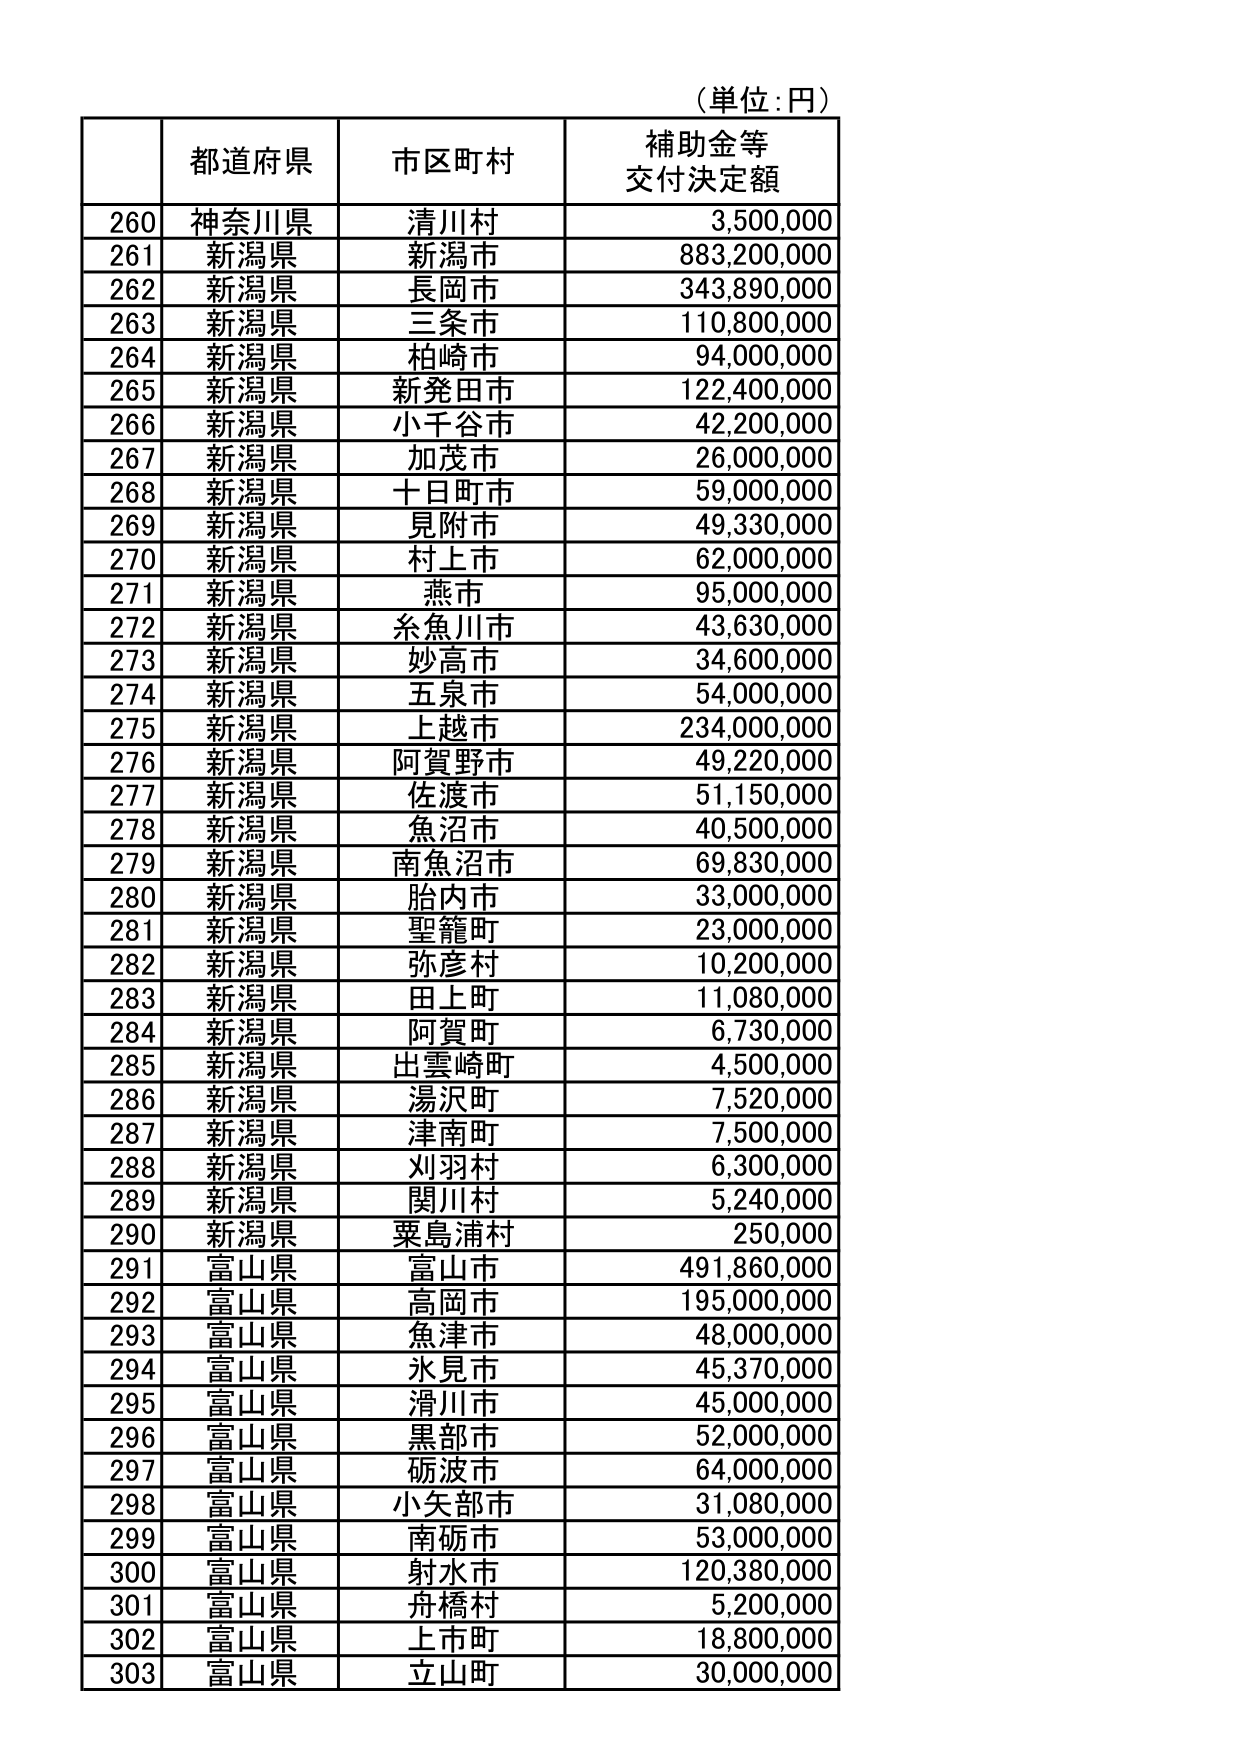
（単位：円）

| | 都道府県 | 市区町村 | 補助金等交付決定額 |
|---|---|---|---|
| 260 | 神奈川県 | 清川村 | 3,500,000 |
| 261 | 新潟県 | 新潟市 | 883,200,000 |
| 262 | 新潟県 | 長岡市 | 343,890,000 |
| 263 | 新潟県 | 三条市 | 110,800,000 |
| 264 | 新潟県 | 柏崎市 | 94,000,000 |
| 265 | 新潟県 | 新発田市 | 122,400,000 |
| 266 | 新潟県 | 小千谷市 | 42,200,000 |
| 267 | 新潟県 | 加茂市 | 26,000,000 |
| 268 | 新潟県 | 十日町市 | 59,000,000 |
| 269 | 新潟県 | 見附市 | 49,330,000 |
| 270 | 新潟県 | 村上市 | 62,000,000 |
| 271 | 新潟県 | 燕市 | 95,000,000 |
| 272 | 新潟県 | 糸魚川市 | 43,630,000 |
| 273 | 新潟県 | 妙高市 | 34,600,000 |
| 274 | 新潟県 | 五泉市 | 54,000,000 |
| 275 | 新潟県 | 上越市 | 234,000,000 |
| 276 | 新潟県 | 阿賀野市 | 49,220,000 |
| 277 | 新潟県 | 佐渡市 | 51,150,000 |
| 278 | 新潟県 | 魚沼市 | 40,500,000 |
| 279 | 新潟県 | 南魚沼市 | 69,830,000 |
| 280 | 新潟県 | 胎内市 | 33,000,000 |
| 281 | 新潟県 | 聖籠町 | 23,000,000 |
| 282 | 新潟県 | 弥彦村 | 10,200,000 |
| 283 | 新潟県 | 田上町 | 11,080,000 |
| 284 | 新潟県 | 阿賀町 | 6,730,000 |
| 285 | 新潟県 | 出雲崎町 | 4,500,000 |
| 286 | 新潟県 | 湯沢町 | 7,520,000 |
| 287 | 新潟県 | 津南町 | 7,500,000 |
| 288 | 新潟県 | 刈羽村 | 6,300,000 |
| 289 | 新潟県 | 関川村 | 5,240,000 |
| 290 | 新潟県 | 粟島浦村 | 250,000 |
| 291 | 富山県 | 富山市 | 491,860,000 |
| 292 | 富山県 | 高岡市 | 195,000,000 |
| 293 | 富山県 | 魚津市 | 48,000,000 |
| 294 | 富山県 | 氷見市 | 45,370,000 |
| 295 | 富山県 | 滑川市 | 45,000,000 |
| 296 | 富山県 | 黒部市 | 52,000,000 |
| 297 | 富山県 | 砺波市 | 64,000,000 |
| 298 | 富山県 | 小矢部市 | 31,080,000 |
| 299 | 富山県 | 南砺市 | 53,000,000 |
| 300 | 富山県 | 射水市 | 120,380,000 |
| 301 | 富山県 | 舟橋村 | 5,200,000 |
| 302 | 富山県 | 上市町 | 18,800,000 |
| 303 | 富山県 | 立山町 | 30,000,000 |